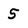
Character: 5